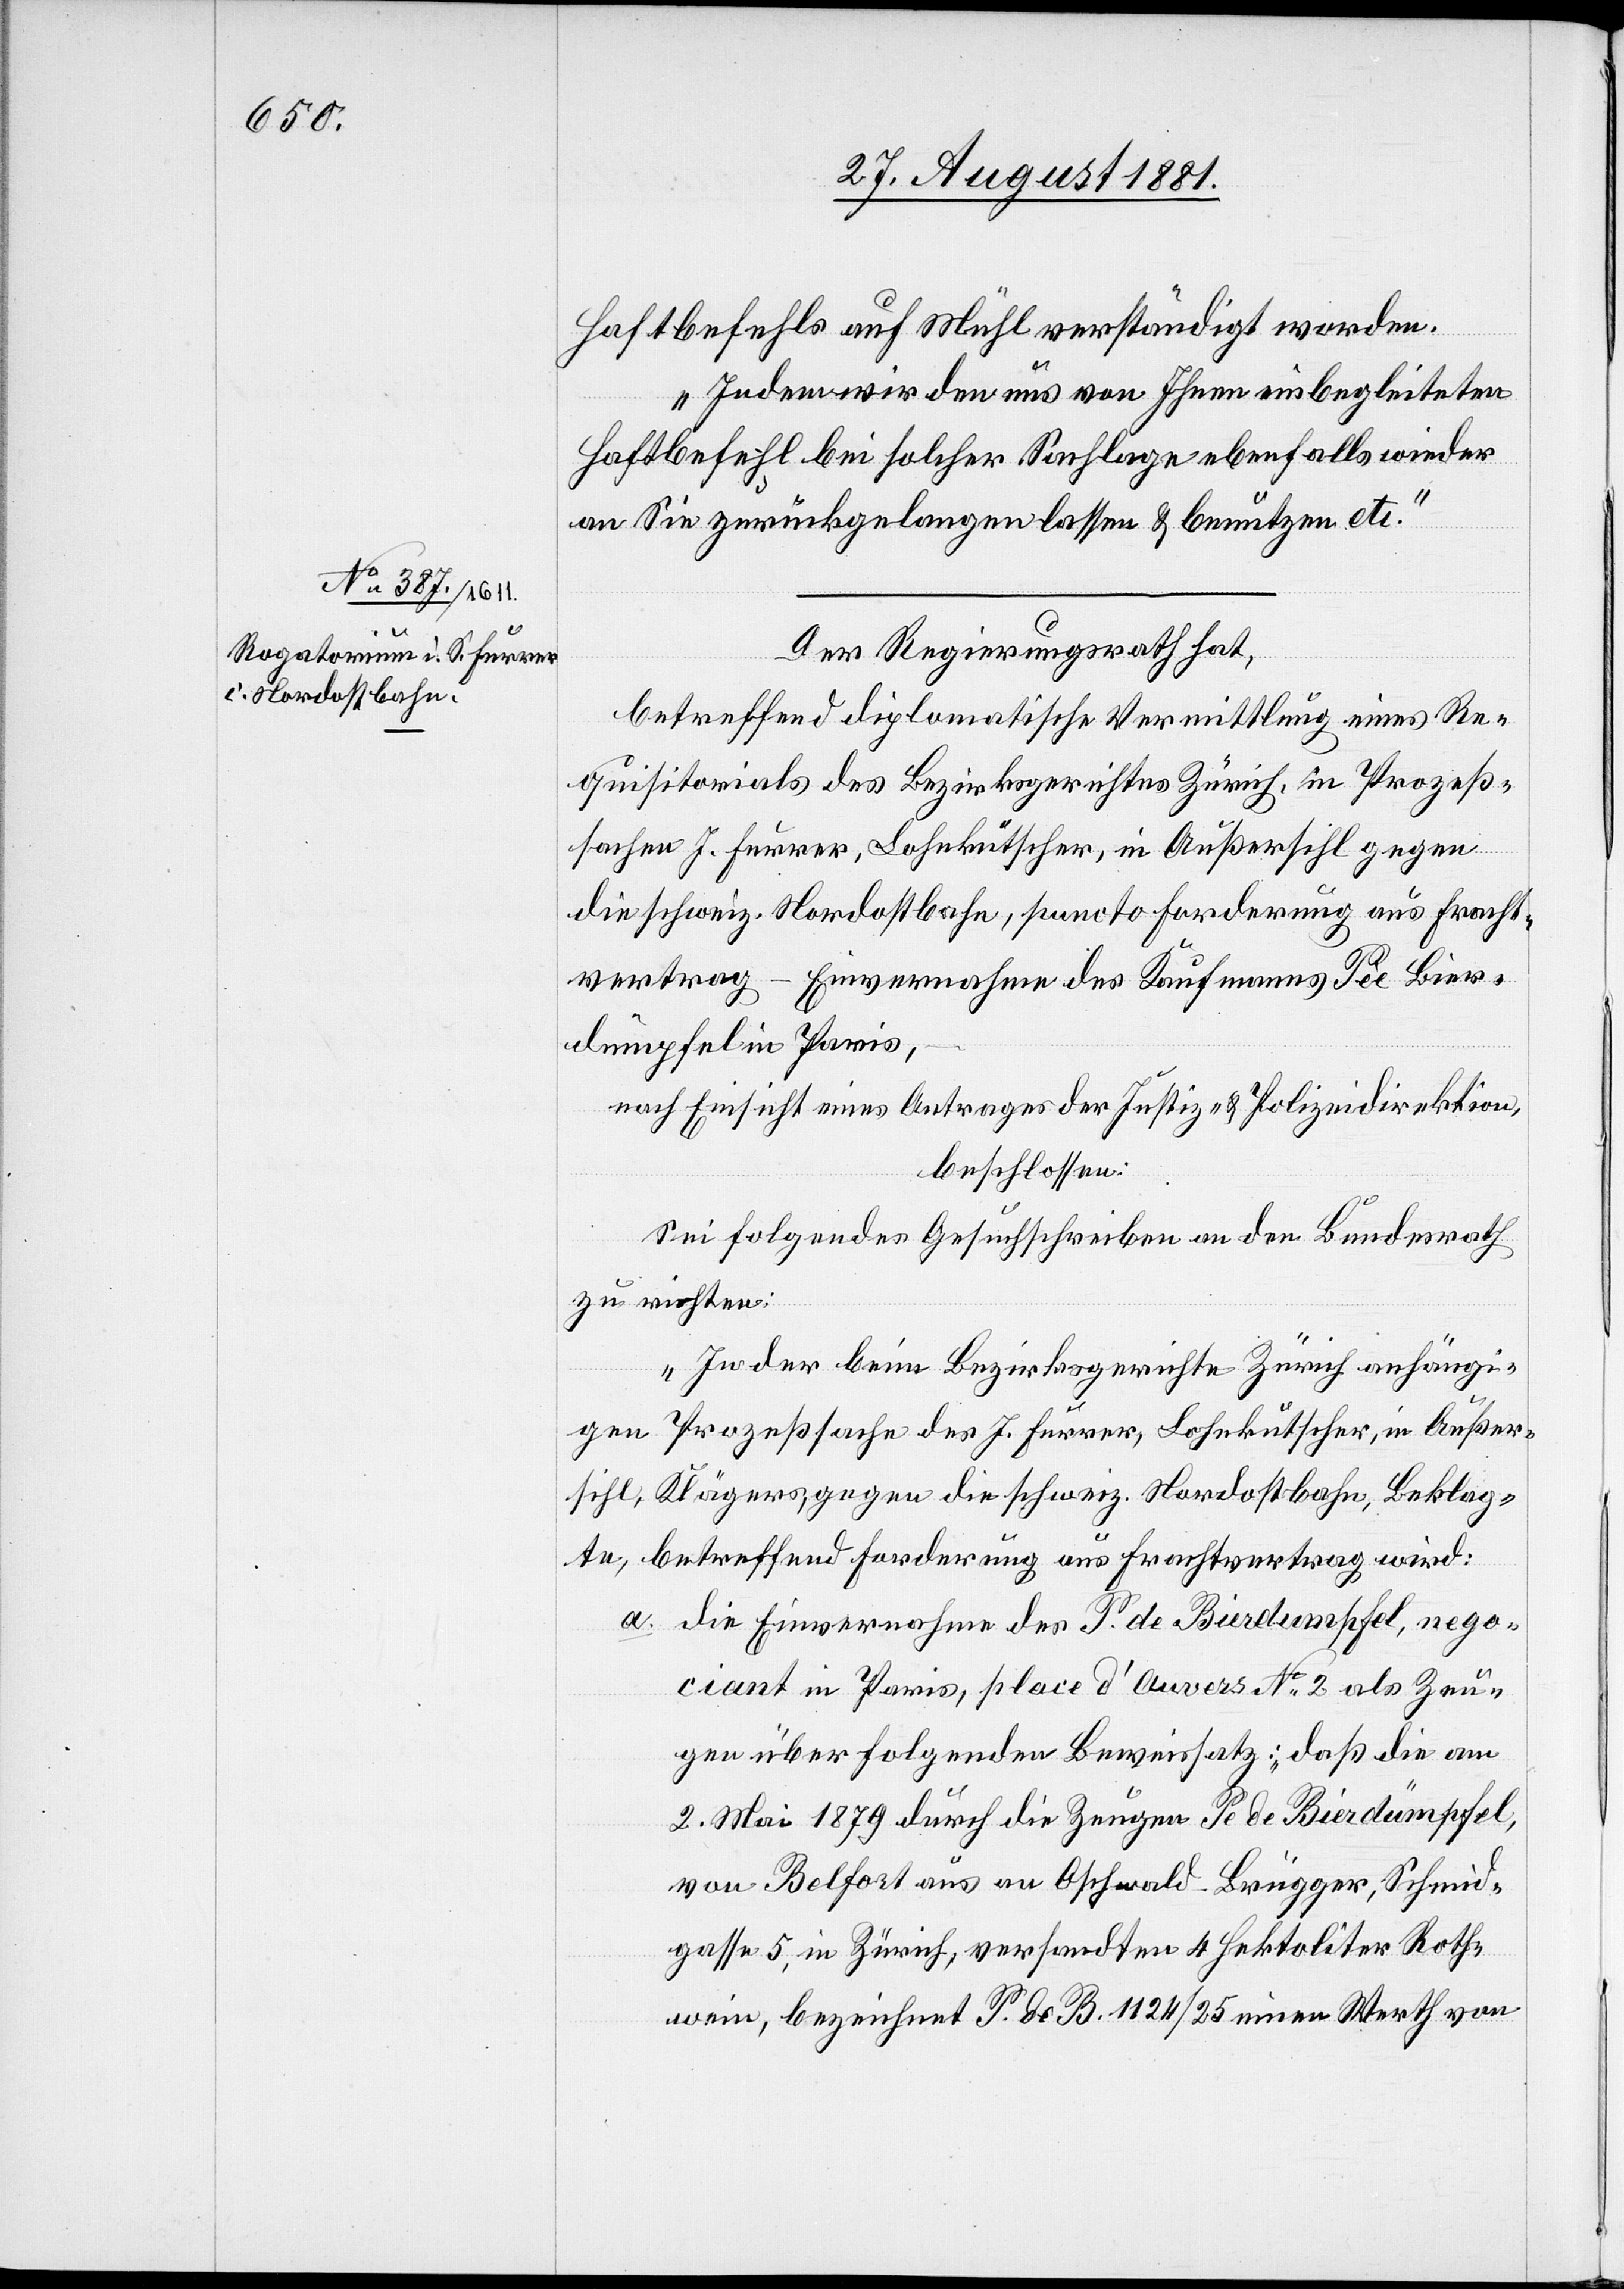
29. August 1881.]
Haftbefehls auf Mühl verständigt worden.
Indem wird den uns von Ihnen einbegleiteten
Haftbefehl bei solcher Sachlage ebenfalls wieder
an Sie zurückgelangen lassen & benutzen etc.“
Der Regierungsrath hat,
betreffend diplomatische Vermittlung eines Re¬
quisitorials des Bezirksgerichtes Zürich, in Prozeß¬
sachen J. Furrer, Lohnkutscher, in Außersihl gegen
die schweiz. Nordostbahn, puncto Forderung aus Fracht¬
vertrag-Einvernahmen des Kaufmanns Pèe Bier¬
dümpfel in Paris,–
nach Einsicht eines Antrages der Justiz- & Polizeidirektion,
beschlossen:
Sei folgendes Gesuchschreiben an den Bundesrath
zu richten:
„In der beim Bezirksgerichte Zürich anhängi¬
gen Prozeßsache des J. Furrer, Lohnkutscher, in Außer¬
sihl, Kläger, gegen die schweiz. Nordostbahn, Beklag¬
te, betreffend Forderung aus Frachtvertrag wird:
a. die Einvernahme des P. de Bierdumpfel [sic!], nego¬
ciant in Paris, place d‘ Anvers No 2 als Zeu¬
gen über folgenden Beweissatz : „daß die am
2. Mai 1879 durch die Zeugen Pe de Bierdümpfel,
von Belfort aus an Oschwald-Brügger, Schmid¬
gasse 5, in Zürich, versandten 4 Hektoliter Roth¬
wein, bezeichnet P. de B. 1124/25 einen Werth von